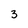
Character: 3